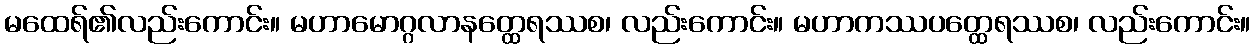
မထေရ်၏လည်းကောင်း။ မဟာမောဂ္ဂလာနတ္ထေရဿစ၊ လည်းကောင်း။ မဟာကဿပတ္ထေရဿစ၊ လည်းကောင်း။